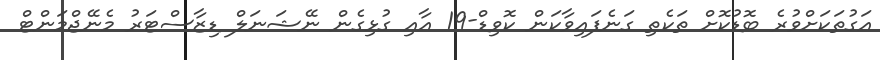
އަގުތަކަށްވުރެ ބޮޑުކޮށް ތަކެތި ގަނެފައިވާކަން ކޮވިޑް-19 އާއި ގުޅިގެން ނޭޝަނަލް ޑިޒާސްޓަރު މެނޭޖްމަންޓް